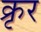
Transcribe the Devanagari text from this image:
क्रृर